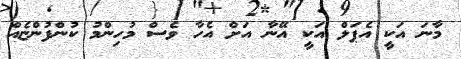
މާނަ އަކީ އެޕަލް އަކީ އޭނާ އަށް އެހާ ވެސް މުހިންމު ކުންފުންޏެއް